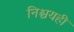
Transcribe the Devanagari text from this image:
निश्चयही